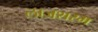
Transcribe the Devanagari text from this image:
लाजशरम